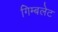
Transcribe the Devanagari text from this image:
गिम्बलेट